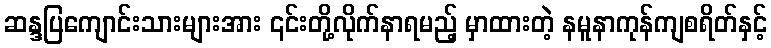
ဆန္ဒပြကျောင်းသားများအား ၎င်းတို့လိုက်နာရမည့် မှာထားတဲ့ နမူနာကုန်ကျစရိတ်နှင့်